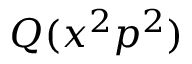
Q ( x ^ { 2 } p ^ { 2 } )